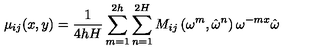
\mu _ { i j } ( x , y ) = \frac { 1 } { 4 h H } \sum _ { m = 1 } ^ { 2 h } \sum _ { n = 1 } ^ { 2 H } M _ { i j } \left( \omega ^ { m } , \hat { \omega } ^ { n } \right) \omega ^ { - m x } \hat { \omega }